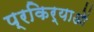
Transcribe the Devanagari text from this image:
प्रकिर्याओं